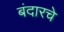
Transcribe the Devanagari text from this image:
बंदारचे